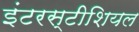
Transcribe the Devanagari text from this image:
इंटरस्टीशियल